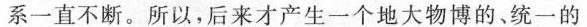
系一直不断。所以，后来才产生一个地大物博的、统一的